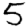
Digit: 5